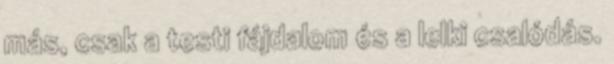
más, csak a testi fájdalom és a lelki csalódás.